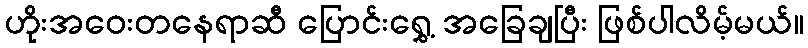
ဟိုးအဝေးတနေရာဆီ ပြောင်းရွှေ့ အခြေချပြီး ဖြစ်ပါလိမ့်မယ်။